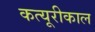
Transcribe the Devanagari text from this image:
कत्यूरीकाल